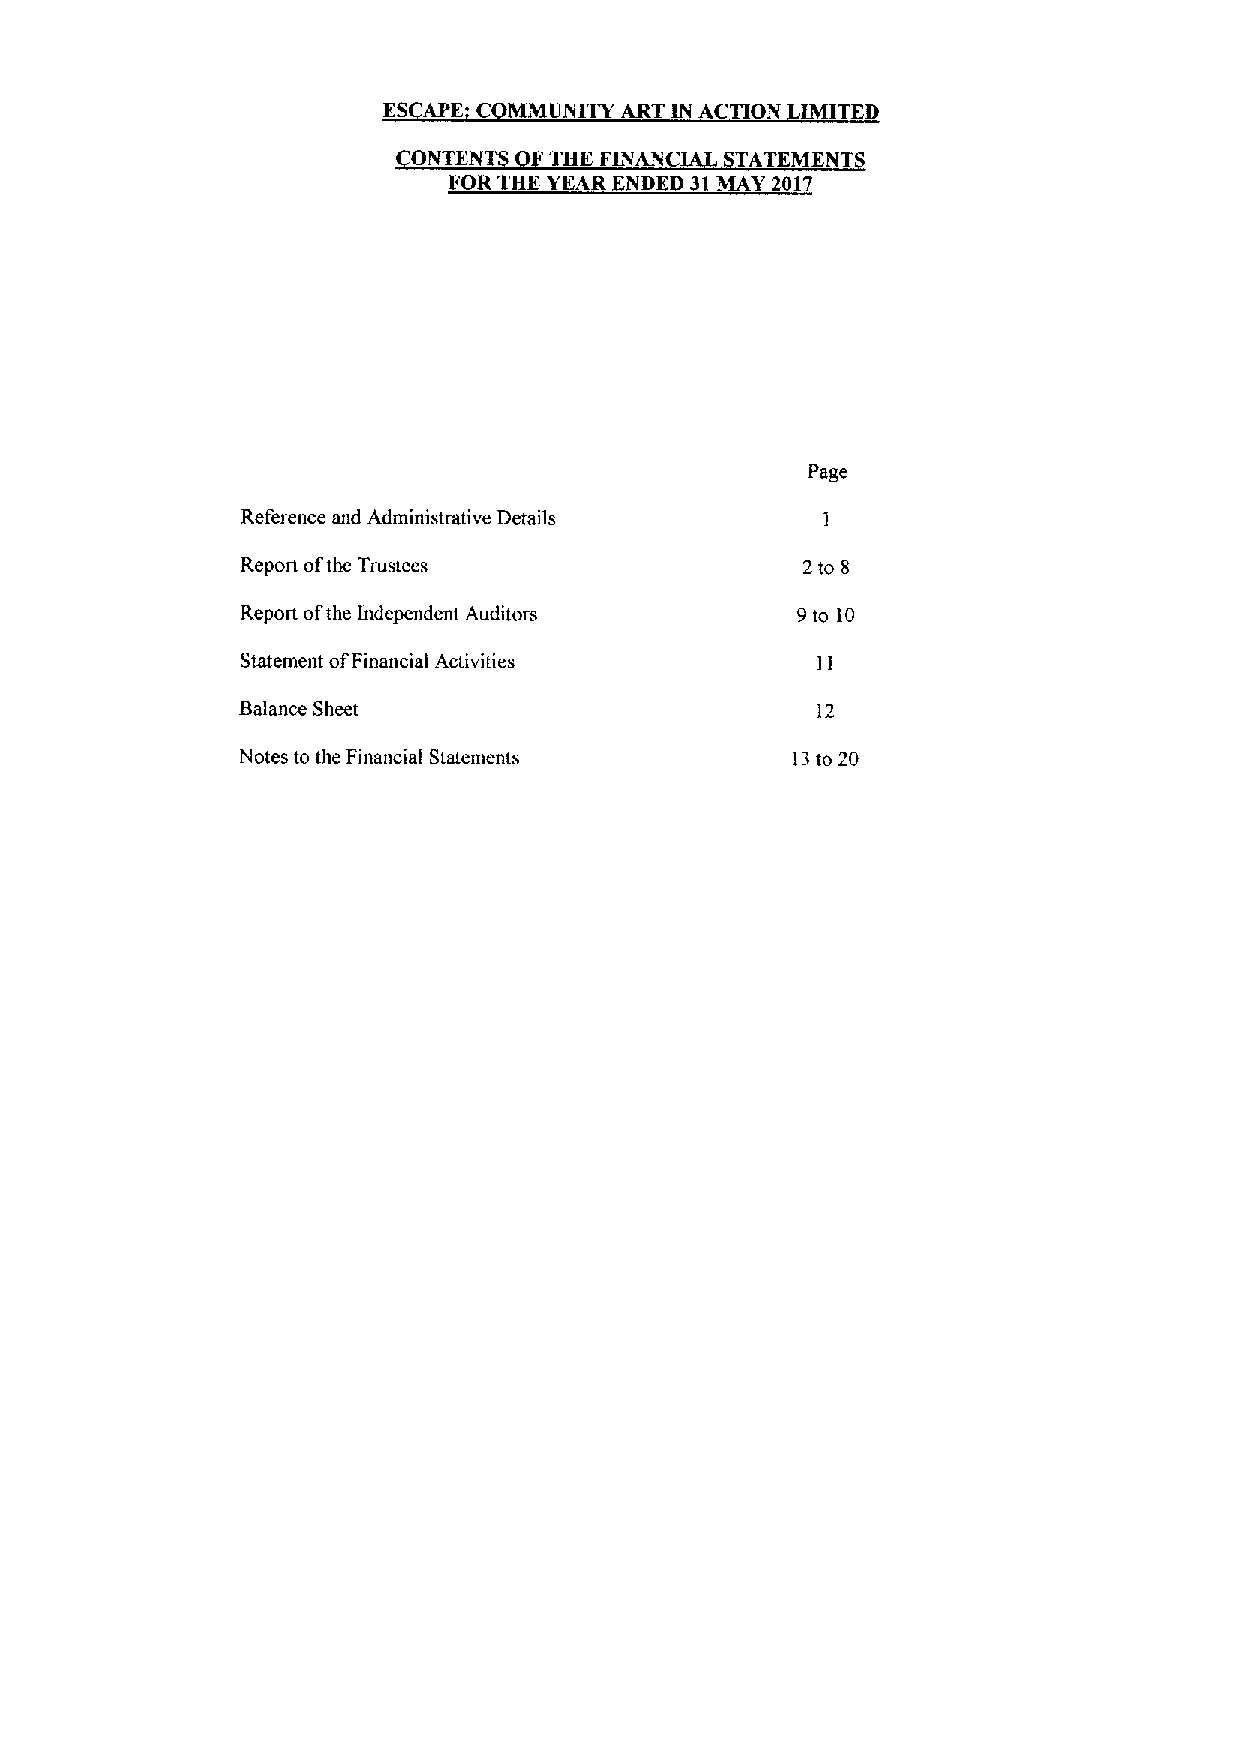
ES APE'  MMUNITY ART IN A N IMITED
 NTEN    THE FINAN    TATEMENT
 FOR THE YEAR ENDED 31MAY 2017
 Page
 Reference and Administrative Details
 Report ofthe Trustees                2to 8
 Report ofthe Independent Auditors    9to 10
 Statement ofFinancial Activities
 Balance Sheet                         12
 Notes to the Financial Statements   13to 20